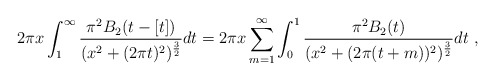
\begin{align*}2\pi x \int_1^\infty {\pi^2 B_2(t-[t])\over(x^2+(2\pi t)^2)^{{3\over 2}}} dt = 2\pi x \sum_{m=1}^\infty \int_0^1{\pi^2 B_2(t)\over (x^2+(2\pi (t+m))^2)^{{3\over 2}}} dt \ ,\end{align*}